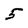
Character: 5